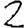
Digit: 2